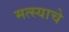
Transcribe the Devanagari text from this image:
मत्स्याचे